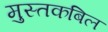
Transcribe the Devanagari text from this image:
मुस्तकबिल